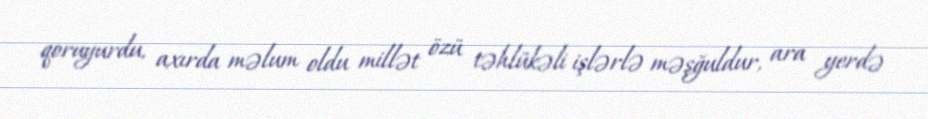
qoruyurdu, axırda məlum oldu millət özü təhlükəli işlərlə məşğuldur, ara yerdə